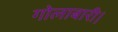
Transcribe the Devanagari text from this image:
गोलाबारी।